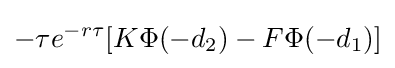
-\tau e^{-r\tau }[K\Phi (-d_{2})-F\Phi (-d_{1})]